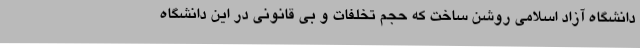
دانشگاه آزاد اسلامی روشن ساخت که حجم تخلفات و بی قانونی در این دانشگاه